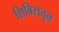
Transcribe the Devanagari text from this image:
शिबिरातून